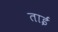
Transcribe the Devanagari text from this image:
ताईं